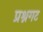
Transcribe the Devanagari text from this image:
प्रश्नगट